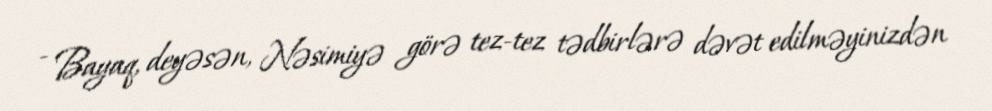
- Bayaq, deyəsən, Nəsimiyə görə tez-tez tədbirlərə dəvət edilməyinizdən